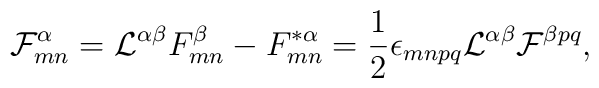
{\cal F}^\alpha_{mn}={\cal L}^{\alpha\beta}F^\beta_{mn}-F^{*\alpha}_{mn}={1\over 2}\epsilon_{mnpq}{\cal L}^{\alpha\beta}{\cal F}^{\beta pq},